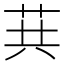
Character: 𦮎